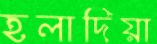
হলাদিয়া